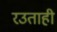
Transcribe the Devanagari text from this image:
रउताही